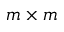
m \times m